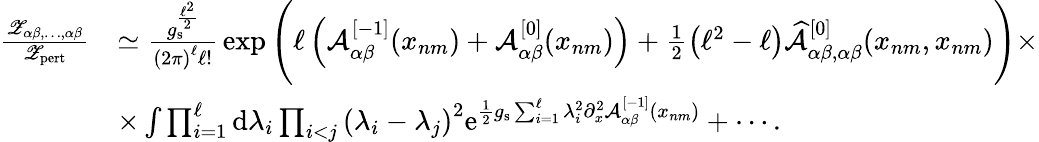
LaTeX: \begin{array}{rl}{\frac{{\mathscr Z}_{\alpha\beta,\ldots,\alpha\beta}}{{\mathscr Z}_{\mathrm{pert}}}}&{\simeq\frac{g_{\mathrm{s}}^{\frac{\ell^{2}}{2}}}{\left(2\pi\right)^{\ell}\ell!}\, \exp\Bigg(\ell\left({\mathcal A}_{\alpha\beta}^{[-1]}(x_{nm})+{\mathcal A}_{\alpha\beta}^{[0]}(x_{nm})\right)+\frac{1}{2}\left(\ell^{2}-\ell\right)\widehat{{\mathcal A}}_{\alpha\beta,\alpha\beta}^{[0]}(x_{nm},x_{nm})\Bigg)\times}\\ &{\times\int\prod_{i=1}^{\ell}\mathrm{d}\lambda_{i}\prod_{i<j}\left(\lambda_{i}-\lambda_{j}\right)^{2}{\mathrm{e}}^{\frac{1}{2}g_{\mathrm{s}}\sum_{i=1}^{\ell}\lambda_{i}^{2}\partial_{x}^{2}{\mathcal A}_{\alpha\beta}^{[-1]}(x_{nm})}+\cdots.}\end{array}